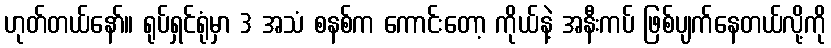
ဟုတ်တယ်နော်။ ရုပ်ရှင်ရုံမှာ 3 အသံ စနစ်က ကောင်းတော့ ကိုယ်နဲ့ အနီးကပ် ဖြစ်ပျက်နေတယ်လို့ကို